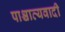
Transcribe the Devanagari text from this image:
पाश्चात्यवादी